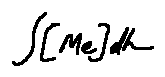
\int [ M e ] d h